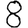
Digit: 8